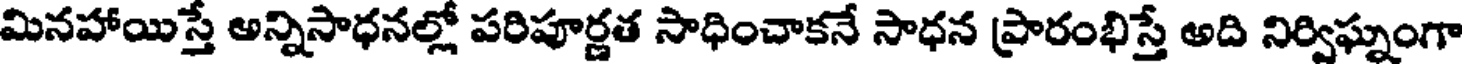
మినహాయిస్తే అన్నిసాధనల్లో పరిపూర్ణత సాధించాకనే సాధన ప్రారంభిస్తే అది నిర్విఘ్నంగా